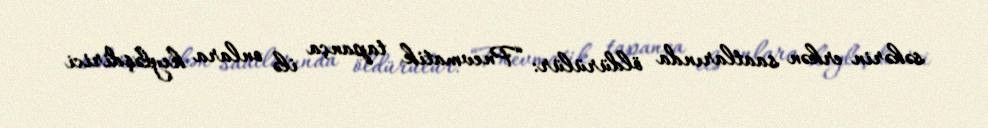
səhərin erkən saatlarında öldürülür: “Pnevmatik tapança ilə onlara keyləşdirici